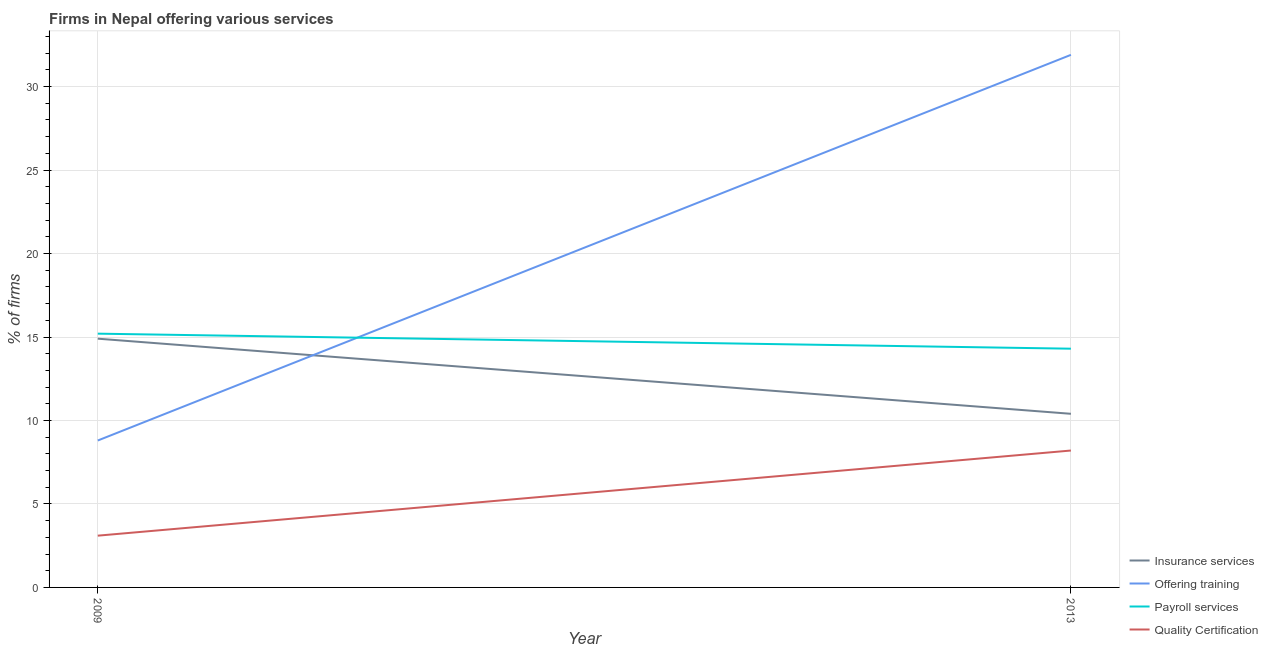
| Year | Insurance services | Offering training | Payroll services | Quality Certification |
 | --- | --- | --- | --- | --- |
 | 2009 | 14.9 | 8.8 | 15.2 | 3.1 |
 | 2013 | 10.4 | 31.9 | 14.3 | 8.2 |